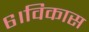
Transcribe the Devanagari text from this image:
६।विकास